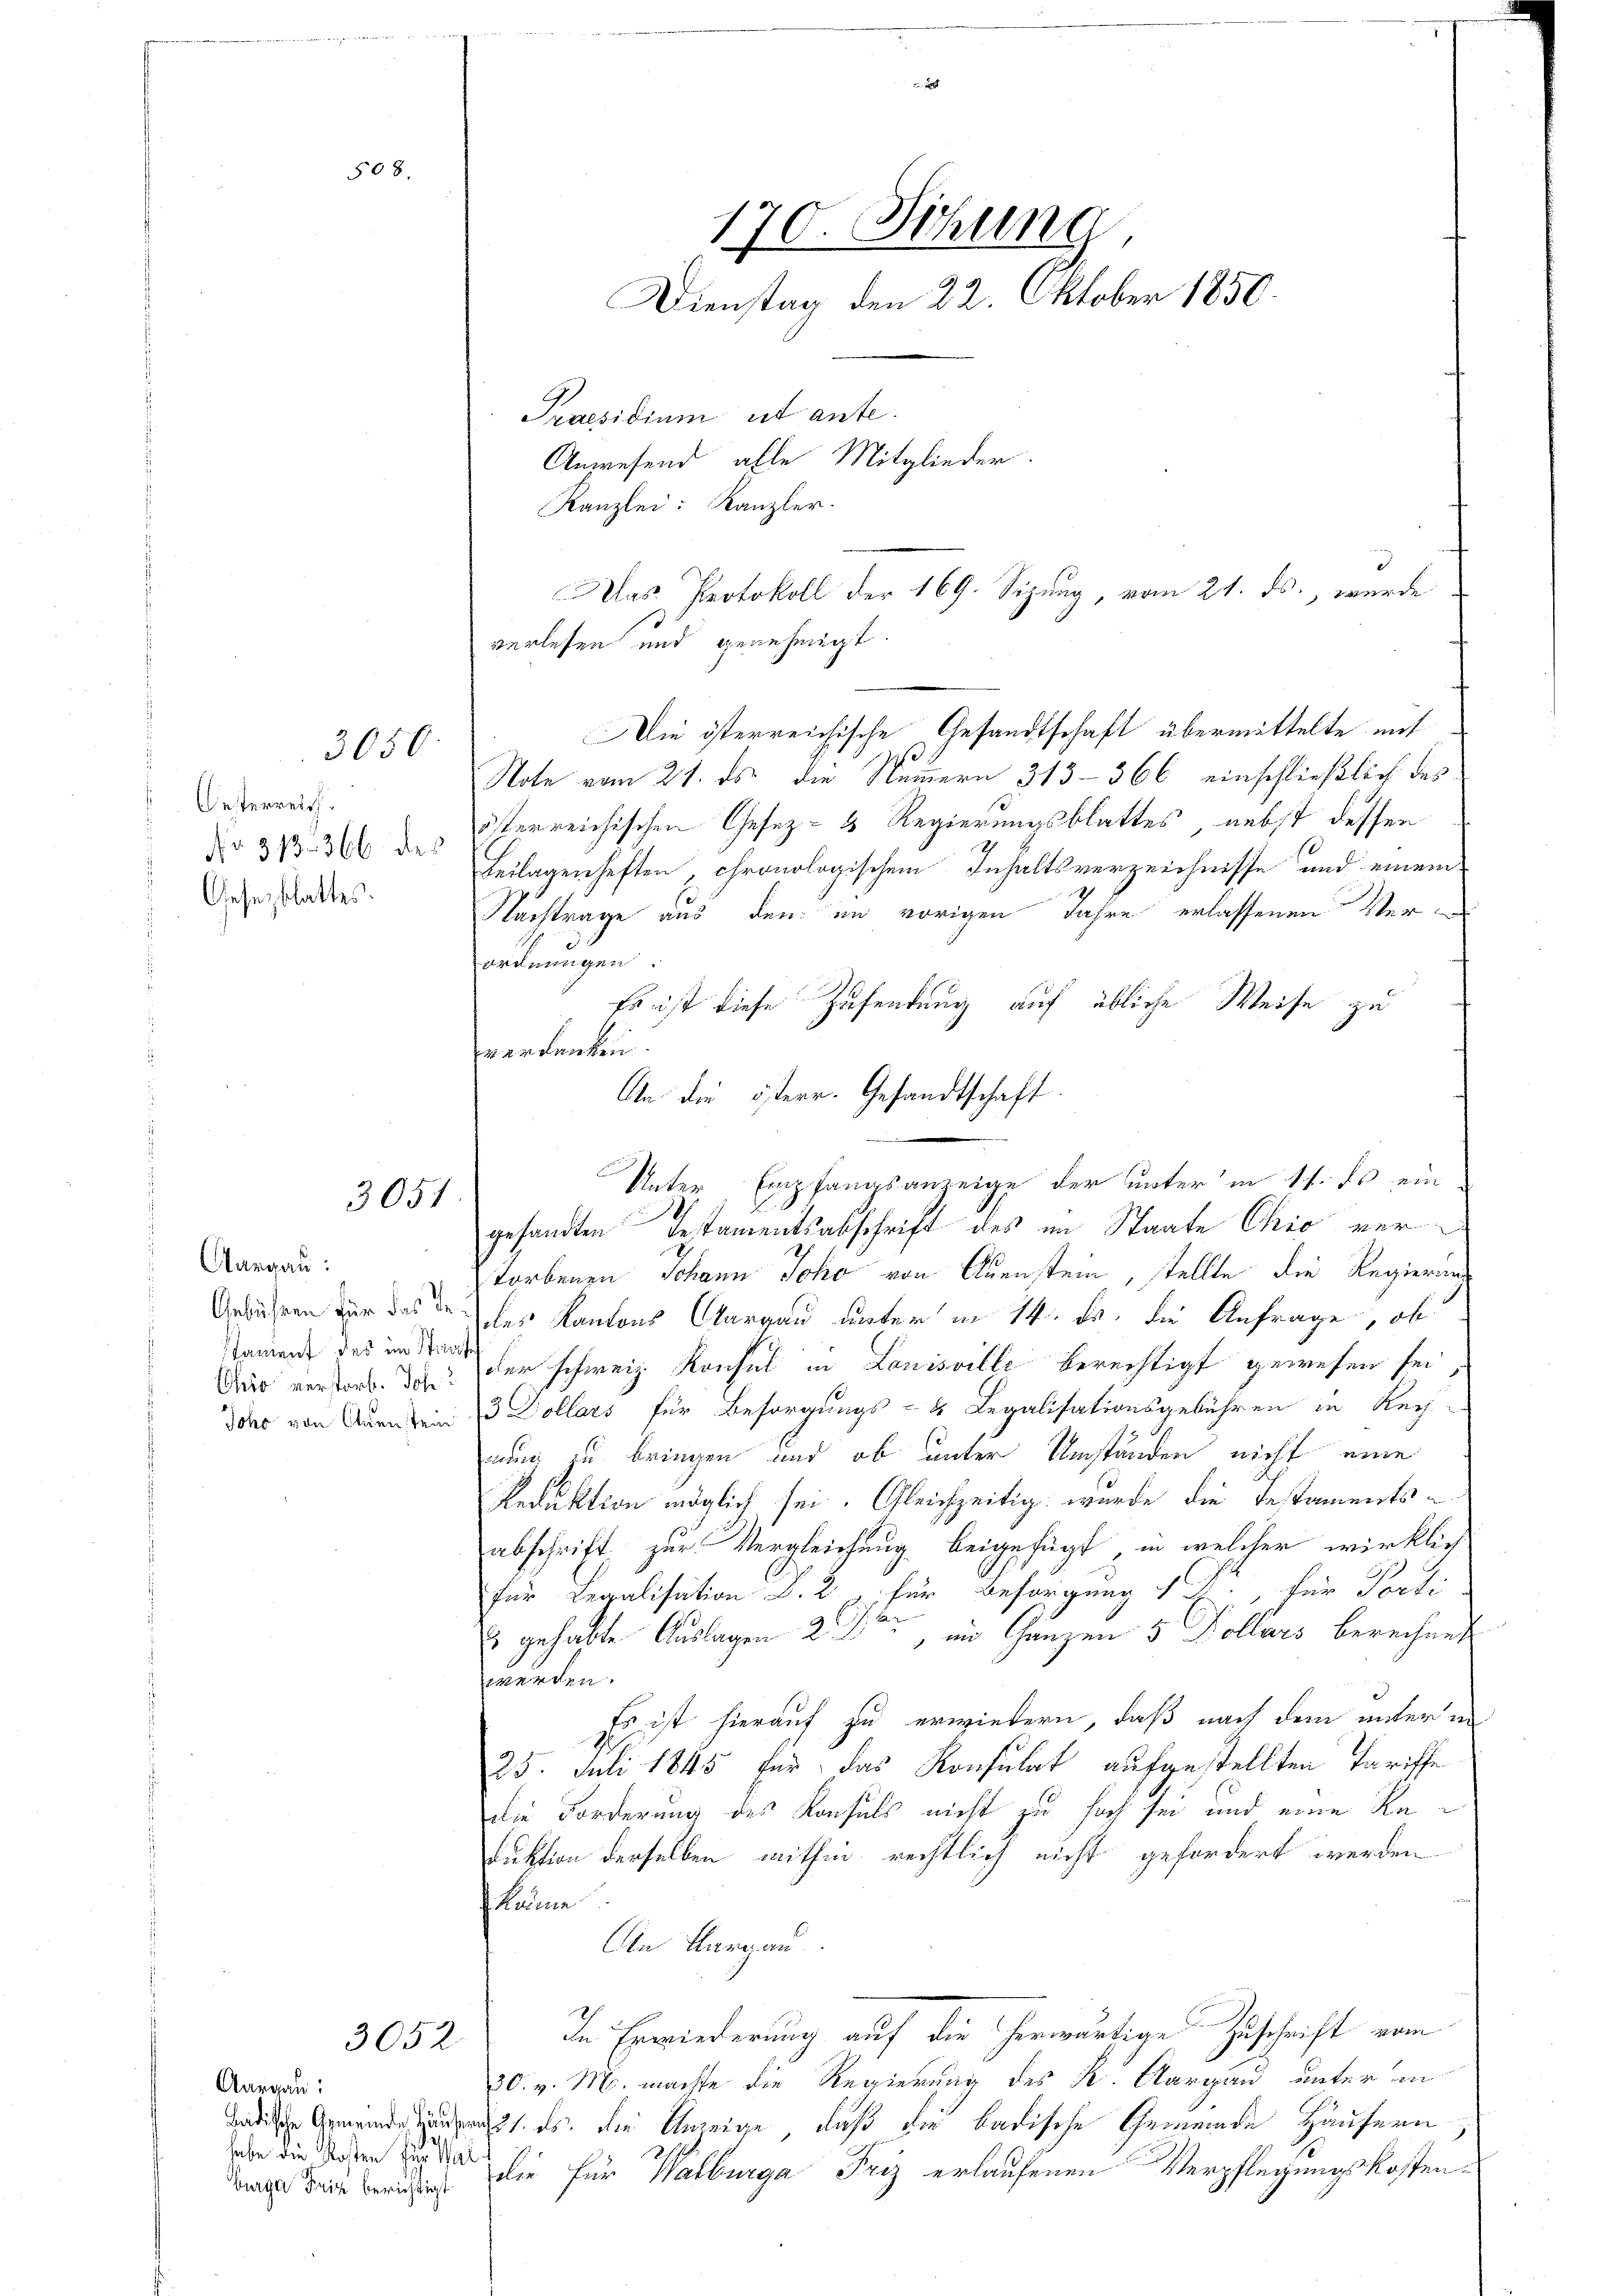
Oesterreich.
Gesezblattes.

508.

3050

3051

Aargau:
fament des im Stief

verlesen und genehmigt.

Note vom 21. ds die Nummern 313-366 einschließlich des
No 31. 366 des Eherreichischen Gesez- & Regierungsblattes, nebst dessen
Beilagenheften chronologischem Inhaltsverzeichnisse und einem
Nachtrage aus den im vorigen Jahre erlassenen Verordnungen.
Es ist diese Zusendung auf übliche Weise zu
verdanken.
An die österr. Gesandtschaft
gesandten Testamentsabschrift des im Staate Chio ver¬
I
torbenen Johann Joho von Auenstein, stellte die Regierung
Gewähren wir das de des Kantons Aargau unter in 14. Fr. die Anfrage, ob
Aus verdorb. der schweiz. Konsul in Louisville berechtigt gewesen sei
dons von Auensein 3 Dollars für Besorgungs- & Legalisationsgebühren in Rech
nung zu bringen und ob unter Umständen nicht eine
Reduktion möglich sei. Gleichzeitig wurde die Testaments-
abschrift, zur Vergleichung beigefügt, in welcher wirklich
für Legalisation B. 2, für Besorgung 1., für Parti
Es gehabte Auslagen 22, im Ganzen 5 Kollars berechnet
werden.
Es ist hierauf zu erwiedern, daß nach dem unter in
G
25. Juli 1845 für das Konsulat aufgestellten Tariffe
die Forderung des Konsuls nicht zu hoch sei und eine Reduktion derselben mithin rechtlich nicht gefordert werden
käme
An Aargau
In Erwiederung auf die herwärtige Zuschrift vom
30. v. M. machte die Regierung des K. Aargau unter in
. ds. die Anzeige, daß die badische Gemeinde Häusern
e
die für Walburga Friz erlaufenen Verpflegungskosten¬

3052

Aargau:
habe die Kosten für War
burger Frise berichtigt

170. Sitzung
Dienstag den 22. Oktober 1850.
Praesidium ist ante.
Anwesend alle Mitglieder.
Kanzlei: Kanzler.

Das Protokoll der 169. Sizung, vom 21. ds., wurde
Die österreichische Gesandtschaft übermittelte mit

Unter Empfangsanzeige der unter in 11. ds ein